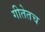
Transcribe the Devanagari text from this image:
गीतेतच